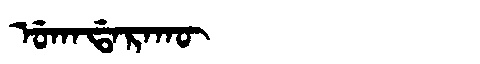
Manchu: ᡠᡴᠠᡩᠠᡵᠠᡴᡡ
Romanization: UKADARAKŪ